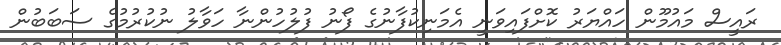
ރައީސް މައުމޫން ހައްޔަރު ކޮށްފައިވަނީ އެމަނިކުފާނުގެ ފޯނު ފުލުހުންނާ ހަވާލު ނުކުރުމުގެ ސަބަބުން